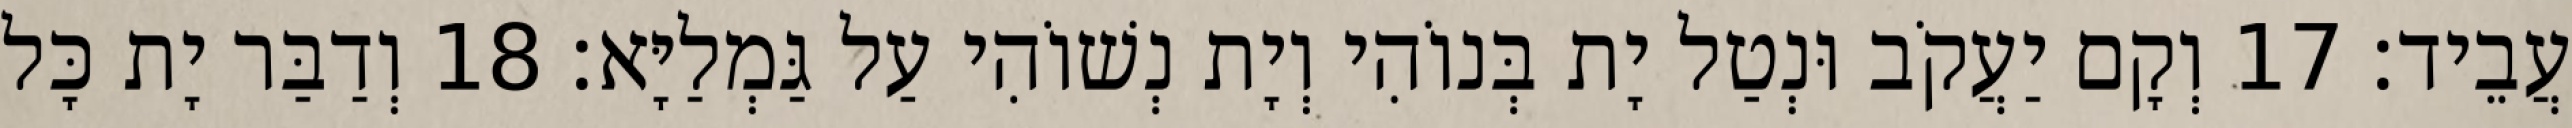
עֲבֵיד׃ 17 וְקָם יַעֲקֹב וּנְטַל יָת בְּנוֹהִי וְיָת נְשׁוֹהִי עַל גַּמְלַיָּא׃ 18 וְדַבַּר יָת כָּל